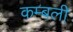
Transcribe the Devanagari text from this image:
कम्बली